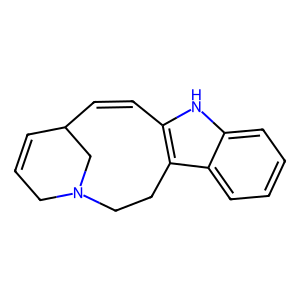
SMILES: C1=CC2C=Cc3[nH]c4ccccc4c3CCN(C1)C2
Inhibits HIV replication: No